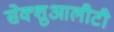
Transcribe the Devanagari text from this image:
सेक्शुआलीटी